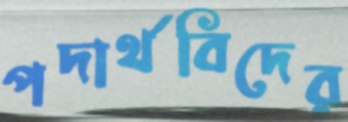
পদার্থবিদের